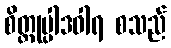
စိတ္တုပ္ပါဒဝါရ စသည်